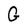
Character: G